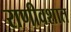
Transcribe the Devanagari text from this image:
राणीवशात